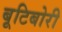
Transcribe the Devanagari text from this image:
बूटिबोरी